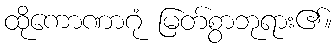
ထိုကောဏာဂုံ မြတ်စွာဘုရား၏။